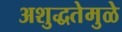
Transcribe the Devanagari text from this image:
अशुद्धतेमुळे